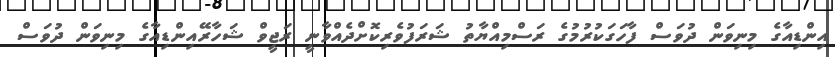
އިންޑިއާގެ މިނިވަން ދުވަސް ފާހަގަކުރުމުގެ ރަސްމިއްޔާތު ޝަރަފުވެރިކޮށްދެއްވާނީ ރަޖީވް ޝަހާރޭއިންޑިއާގެ މިނިވަން ދުވަސް